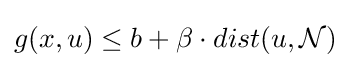
g(x,u)\leq b+\beta \cdot dist(u,{\mathcal {N}})